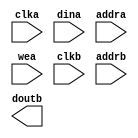
module camera_memory(
	clka,
	dina,
	addra,
	wea,
	clkb,
	addrb,
	doutb);


input clka;
input [15 : 0] dina;
input [15 : 0] addra;
input [0 : 0] wea;
input clkb;
input [15 : 0] addrb;
output [15 : 0] doutb;

// synthesis translate_off

      BLK_MEM_GEN_V2_8 #(
		.C_ADDRA_WIDTH(16),
		.C_ADDRB_WIDTH(16),
		.C_ALGORITHM(1),
		.C_BYTE_SIZE(9),
		.C_COMMON_CLK(0),
		.C_DEFAULT_DATA("FFFF"),
		.C_DISABLE_WARN_BHV_COLL(0),
		.C_DISABLE_WARN_BHV_RANGE(0),
		.C_FAMILY("virtex5"),
		.C_HAS_ENA(0),
		.C_HAS_ENB(0),
		.C_HAS_MEM_OUTPUT_REGS_A(0),
		.C_HAS_MEM_OUTPUT_REGS_B(0),
		.C_HAS_MUX_OUTPUT_REGS_A(0),
		.C_HAS_MUX_OUTPUT_REGS_B(0),
		.C_HAS_REGCEA(0),
		.C_HAS_REGCEB(0),
		.C_HAS_SSRA(0),
		.C_HAS_SSRB(0),
		.C_INIT_FILE_NAME("no_coe_file_loaded"),
		.C_LOAD_INIT_FILE(0),
		.C_MEM_TYPE(1),
		.C_MUX_PIPELINE_STAGES(0),
		.C_PRIM_TYPE(1),
		.C_READ_DEPTH_A(65536),
		.C_READ_DEPTH_B(65536),
		.C_READ_WIDTH_A(16),
		.C_READ_WIDTH_B(16),
		.C_SIM_COLLISION_CHECK("ALL"),
		.C_SINITA_VAL("0"),
		.C_SINITB_VAL("0"),
		.C_USE_BYTE_WEA(0),
		.C_USE_BYTE_WEB(0),
		.C_USE_DEFAULT_DATA(1),
		.C_USE_ECC(0),
		.C_USE_RAMB16BWER_RST_BHV(0),
		.C_WEA_WIDTH(1),
		.C_WEB_WIDTH(1),
		.C_WRITE_DEPTH_A(65536),
		.C_WRITE_DEPTH_B(65536),
		.C_WRITE_MODE_A("READ_FIRST"),
		.C_WRITE_MODE_B("READ_FIRST"),
		.C_WRITE_WIDTH_A(16),
		.C_WRITE_WIDTH_B(16),
		.C_XDEVICEFAMILY("virtex5"))
	inst (
		.CLKA(clka),
		.DINA(dina),
		.ADDRA(addra),
		.WEA(wea),
		.CLKB(clkb),
		.ADDRB(addrb),
		.DOUTB(doutb),
		.ENA(),
		.REGCEA(),
		.SSRA(),
		.DOUTA(),
		.DINB(),
		.ENB(),
		.REGCEB(),
		.WEB(),
		.SSRB(),
		.DBITERR(),
		.SBITERR());


// synthesis translate_on

// XST black box declaration
// box_type "black_box"
// synthesis attribute box_type of camera_memory is "black_box"

endmodule